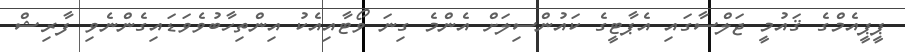
ޕީޕީއެމްގެ ޤައުމީ ޖަލްސާގައި އެޕާޓީގެ ކައުންސިލަށް އެންމެ ގިނަ ވޯޓާއިއެކު އިންތިހާބުވެވަޑައިގެންނެވި ފާރިޝް